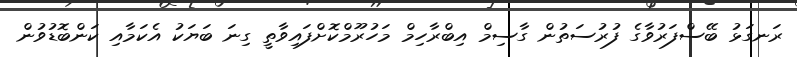
ރަނގަޅު ބޭސްފަރުވާގެ ފުރުސަތުން ގާސިމް އިބްރާހިމް މަހުރޫމްކޮށްފައިވާތީ ގިނަ ބަޔަކު އެކަމާއި ކަންބޮޑުވުން